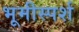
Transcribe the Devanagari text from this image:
भूमीस्पर्श